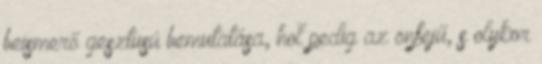
beismerő gesztusú bemutatása, hol pedig az önfejű, s olykor